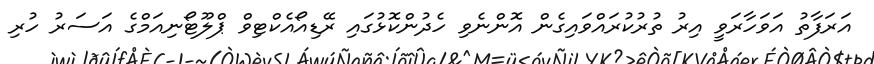
އަރަފާތު އަވަހާރަވީ އިރު ތުރުކުރައްވައިގެން އޮންނެވި ހެދުންކޮޅުގައި ރޭޑިއޯއެކްޓިވް ޕްލޫޓޯނިއަމްގެ އަސަރު ހުރި